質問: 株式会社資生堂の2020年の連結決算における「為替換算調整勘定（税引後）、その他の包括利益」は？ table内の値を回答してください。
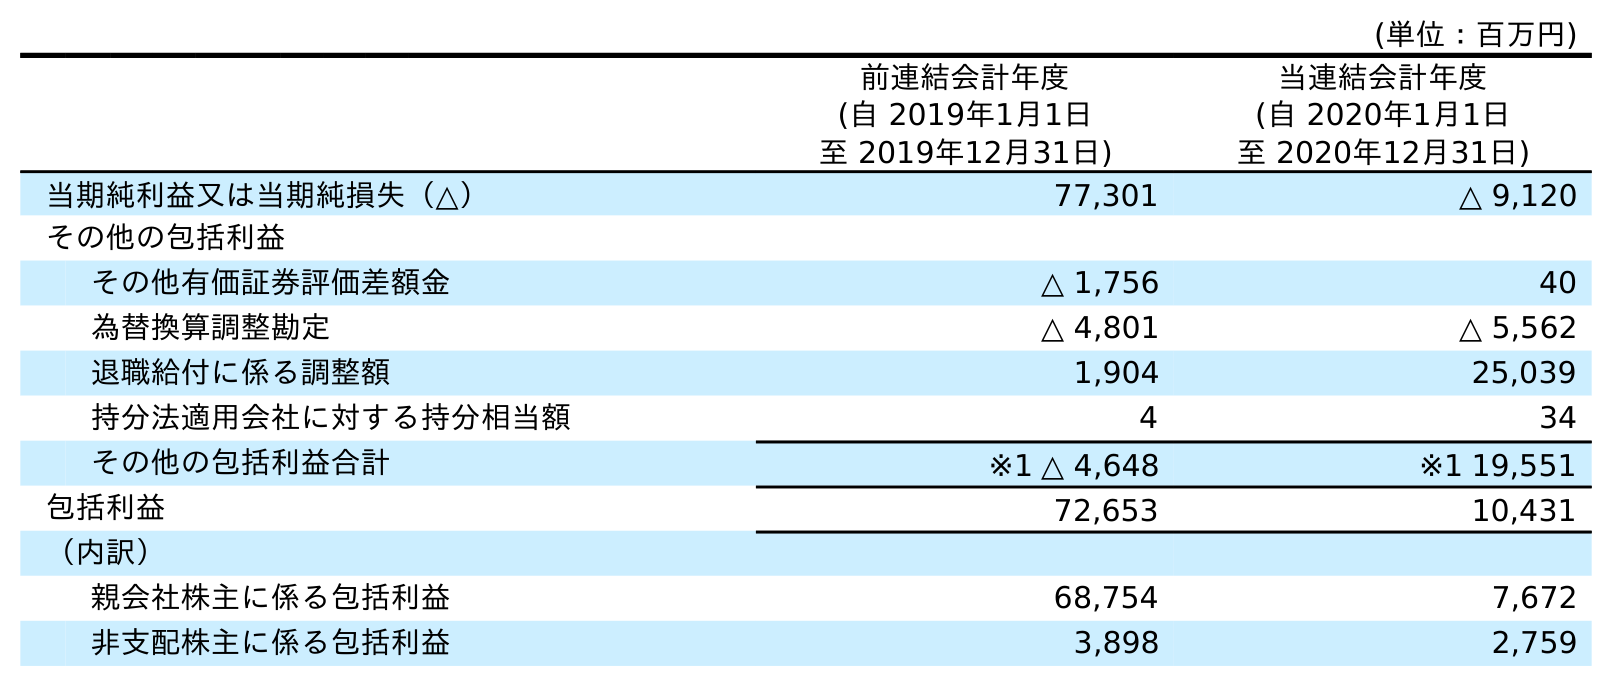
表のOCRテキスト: (単位：百万円) 前連結会計年度 (自 2019年1月1日 至 2019年12月31日) 当連結会計年度 (自 2020年1月1日 至 2020年12月31日) 当期純利益又は当期純損失（△） 77,301 △ 9,120 その他の包括利益 その他有価証券評価差額金 △ 1,756 40 為替換算調整勘定 △ 4,801 △ 5,562 退職給付に係る調整額 1,904 25,039 持分法適用会社に対する持分相当額 4 34 その他の包括利益合計 ※1 △ 4,648 ※1 19,551 包括利益 72,653 10,431 （内訳） 親会社株主に係る包括利益 68,754 7,672 非支配株主に係る包括利益 3,898 2,759
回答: △5,562